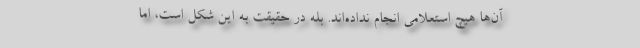
آن‌ها هیچ استعلامی انجام نداده‌اند. بله در حقیقت به این شکل است، اما